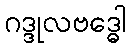
ဂဒ္ဒုလဗဒ္ဓေါ